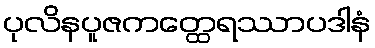
ပုလိနပူဇကတ္ထေရဿာပဒါနံ